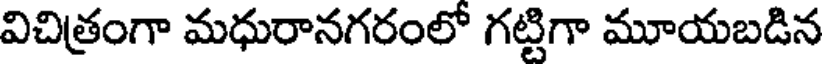
విచిత్రంగా మధురానగరంలో గట్టిగా మూయబడిన